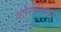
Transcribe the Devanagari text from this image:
व्होरोनिनाने